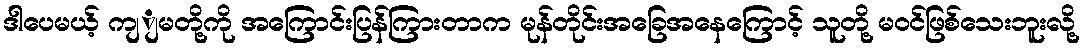
ဒါပေမယ့် ကျျမတို့ကို အကြောင်းပြန်ကြားတာက မုန်တိုင်းအခြေအနေကြောင့် သူတို့ မဝင်ဖြစ်သေးဘူးလို့